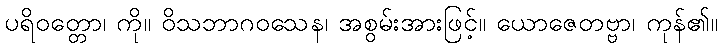
ပရိဝတ္တော၊ ကို။ ဝိသဘာဂဝသေန၊ အစွမ်းအားဖြင့်။ ယောဇေတဗ္ဗာ၊ ကုန်၏။